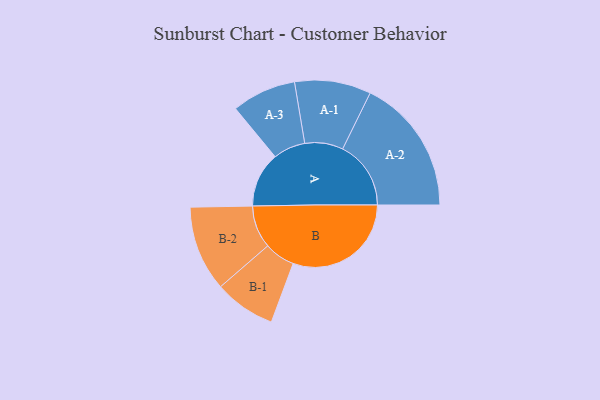
{"axis": {"x": "Segment", "y": "Value"}, "legend": ["", "A", "B"], "data": [{"x": "A", "y": 183, "type": ""}, {"x": "B", "y": 393, "type": ""}, {"x": "A-1", "y": 127, "type": "A"}, {"x": "A-2", "y": 227, "type": "A"}, {"x": "A-3", "y": 107, "type": "A"}, {"x": "B-1", "y": 102, "type": "B"}, {"x": "B-2", "y": 142, "type": "B"}]}